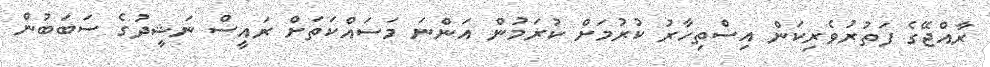
ރާއްޖޭގެ ފަތުރުވެރިކަން އިސްތިހާރު ކުރުމަށް ކުރަމުން އަންނަ މަސައްކަތަށް ރައީސް ނަޝީދުގެ ސަބަބުން